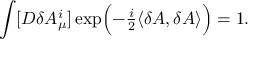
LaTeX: \int [ { \cal D } \delta A _ { \mu } ^ { i } ] \exp \Bigl ( - { \textstyle \frac { i } { 2 } } \langle \delta A , \delta A \rangle \Bigr ) = 1 .